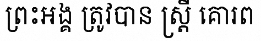
ព្រះអង្គ ត្រូវបាន ស្ត្រី គោរព